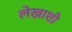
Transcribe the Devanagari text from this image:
लेखाशी